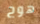
هوج